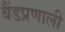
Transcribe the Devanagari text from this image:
बैंडप्रणाली